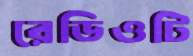
রেডিওটি